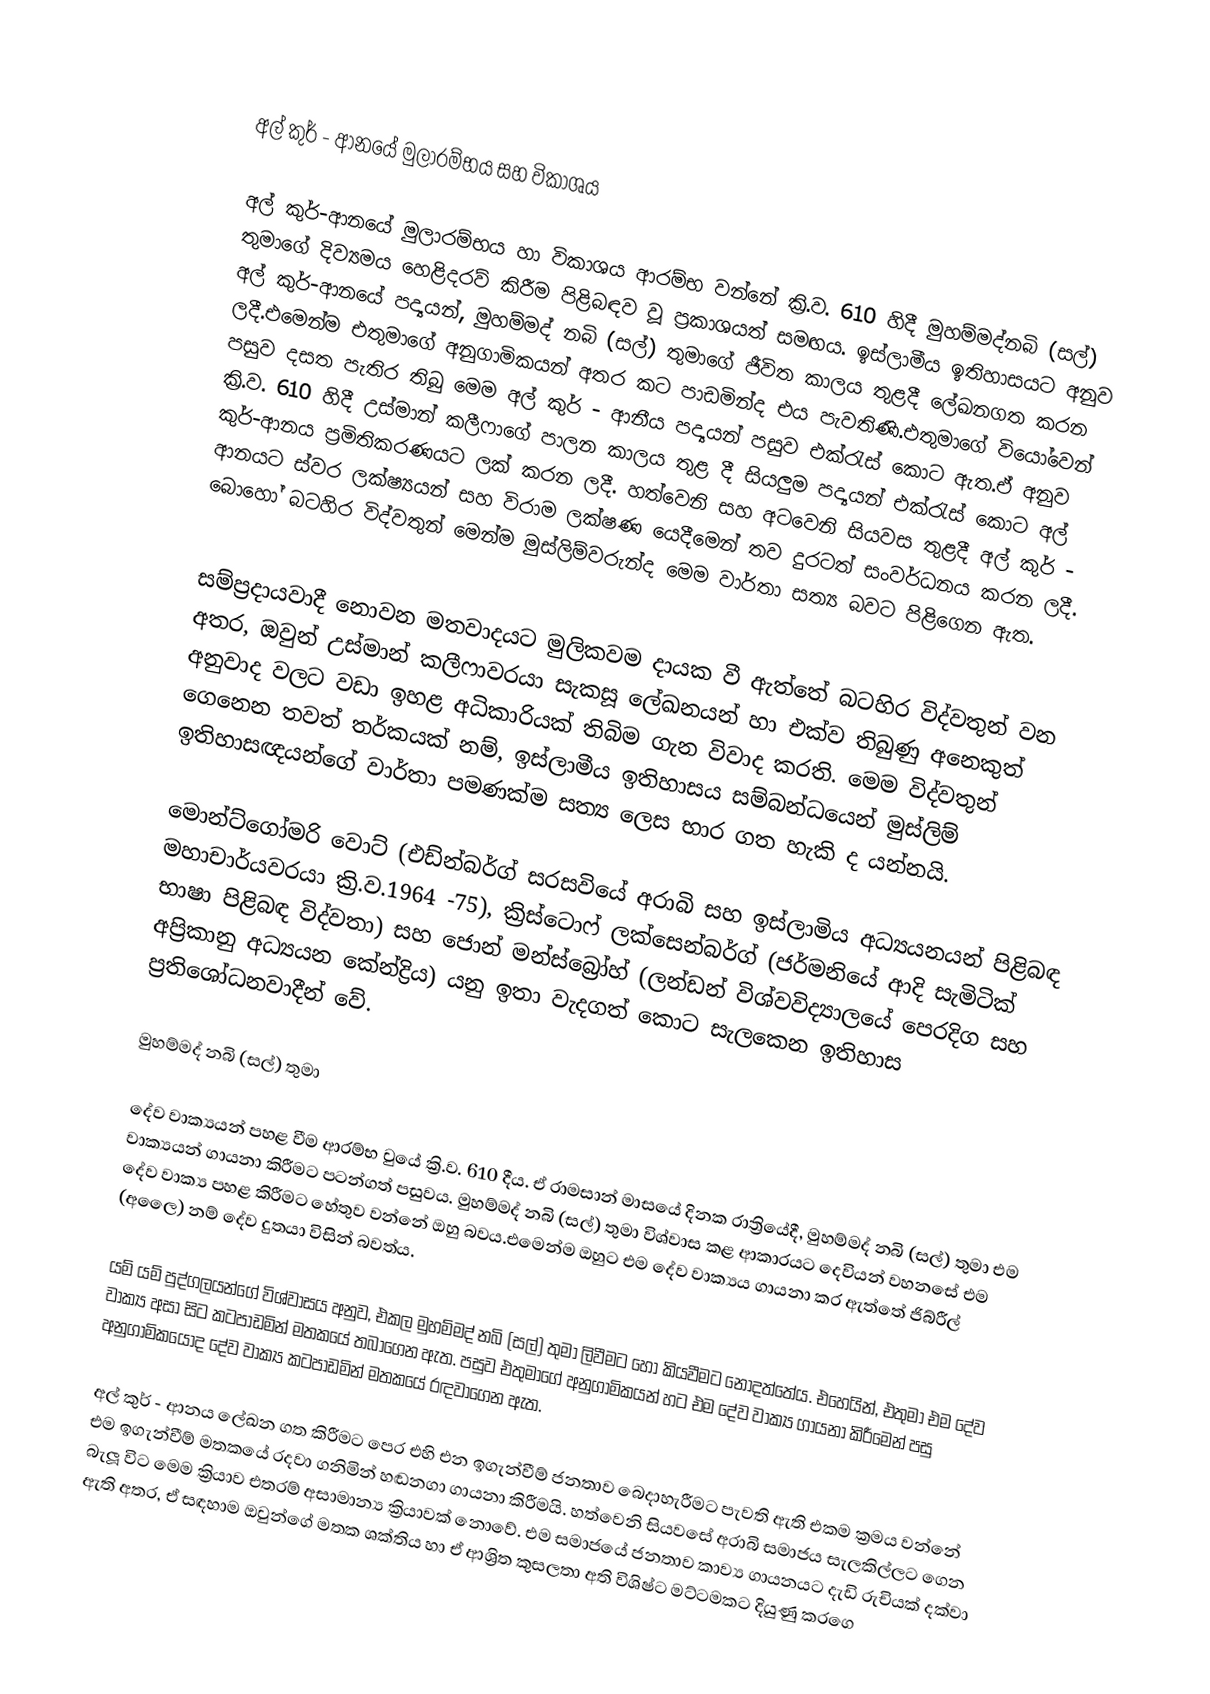

අල් කුර් - ආනයේ මුලාරම්භය සහ විකාශය

අල් කුර්-ආනයේ මුලාරම්භය හා විකාශය ආරම්භ වන්නේ ක්‍රි.ව. 610 හිදී මුහම්මද්නබි (සල්) තුමාගේ දිව්‍යමය හෙළිදරව් කිරීම පිළිබඳව වූ ප්‍රකාශයත් සමඟය. ඉස්ලාමීය ඉතිහාසයට අනුව අල් කුර්-ආනයේ පද්‍යයන්, මුහම්මද් නබි (සල්) තුමාගේ ජීවිත කාලය තුළදී ලේඛනගත කරන ලදී.එමෙන්ම එතුමාගේ අනුගාමිකයන් අතර කට පාඩමින්ද එය පැවතිණි.එතුමාගේ වියෝවෙන් පසුව දසත පැතිර තිබු මෙම අල් කුර් - ආනීය පද්‍යයන් පසුව එක්රැස් කොට ඇත.ඒ අනුව ක්‍රි.ව. 610  හිදී උස්මාන් කලීෆාගේ පාලන කාලය තුළ දී සියලුම පද්‍යයන් එක්රැස් කොට අල් කුර්-ආනය ප්‍රමිතිකරණයට ලක් කරන ලදී. හත්වෙනි සහ අටවෙනි සියවස තුළදී අල් කුර් - ආනයට ස්වර ලක්ෂ්‍යයන් සහ විරාම ලක්ෂණ යෙදීමෙන් තව දුරටත් සංවර්ධනය කරන ලදී. බොහෝ බටහිර විද්වතුන් මෙන්ම මුස්ලිම්වරුන්ද මෙම වාර්තා සත්‍ය බවට පිළිගෙන ඇත.

සම්ප්‍රදායවාදී නොවන මතවාදයට මුලිකවම දායක වී ඇත්තේ බටහිර විද්වතුන් වන අතර, ඔවුන් උස්මාන් කලීෆාවරයා සැකසූ ලේඛනයන් හා එක්ව තිබුණු අනෙකුත් අනුවාද වලට වඩා ඉහළ අධිකාරියක් තිබිම ගැන විවාද කරති. මෙම විද්වතුන් ගෙනෙන තවත් තර්කයක් නම්,  ඉස්ලාමීය ඉතිහාසය සම්බන්ධයෙන් මුස්ලිම් ඉතිහාසඥයන්ගේ වාර්තා පමණක්ම සත්‍ය ලෙස භාර ගත හැකි ද යන්නයි.

මොන්ට්ගෝමරි  වොට් (එඩ්න්බර්ග් සරසවියේ අරාබි සහ ඉස්ලාමිය අධ්‍යයනයන් පිළිබඳ මහාචාර්යවරයා ක්‍රි.ව.1964 -75), ක්‍රිස්ටොෆ් ලක්සෙන්බර්ග් (ජර්මනියේ ආදි සැමිටික් භාෂා පිළිබඳ විද්වතා) සහ ජොන් මන්ස්බ්‍රෝහ් (ලන්ඩන් විශ්වවිද්‍යාලයේ පෙරදිග සහ අප්‍රිකානු අධ්‍යයන කේන්ද්‍රිය) යනු ඉතා වැදගත් කොට සැලකෙන ඉතිහාස‍ ප්‍රතිශෝධනවාදීන් වේ.

මුහම්මද් නබි (සල්) තුමා

දේව වාක්‍යයන් පහළ වීම ආරම්භ වුයේ ක්‍රි.ව. 610  දීය. ඒ රාමසාන් මාසයේ දිනක රාත්‍රියේදී, මුහම්මද් නබි (සල්) තුමා එම වාක්‍යයන් ගායනා කිරීමට පටන්ගත් පසුවය. මුහම්මද් නබි (සල්) තුමා විශ්වාස කළ ආකාරයට දෙවියන් වහනසේ එම දේව වාක්‍ය පහළ කිරීමට හේතුව වන්නේ ඔහු බවය.එමෙන්ම ඔහුට එම දේව වාක්‍යය ගායනා කර ඇත්තේ ජිබ්රීල් (අලෛ) නම් දේව දුතයා විසින් බවත්ය.

යම් යම් පුද්ගලයන්ගේ විශ්වාසය අනුව, එකල මුහම්මද් නබි (සල්) තුමා ලිවීමට හෝ කියවීමට නොදත්තේය. එහෙයින්, එතුමා එම දේව වාක්‍ය අසා සිට කටපාඩමින් මතකයේ තබාගෙන ඇත. පසුව එතුමාගේ අනුගාමිකයන් හට එම දේව වාක්‍ය ගායනා කිරීමෙන් පසු අනුගාමිකයෝද දේව වාක්‍ය කටපාඩමින් මතකයේ රඳවාගෙන ඇත.

අල් කුර් - ආනය ලේඛන ගත කිරීමට පෙර එහි එන ඉගැන්වීම් ජනතාව බෙදාහැරීමට පැවති ඇති එකම ක්‍රමය වන්නේ එම ඉගැන්වීම් මතකයේ රදවා ගනිමින් හඬනගා ගායනා කිරීමයි. හත්වෙනි සියවසේ අරාබි සමාජය සැලකිල්ලට ගෙන බැලූ විට මෙම ක්‍රියාව එතරම් අසාමාන්‍ය ක්‍රියාවක් නොවේ. එම සමාජයේ ජනතාව කාව්‍ය ගායනයට දැඩි රුචියක් දක්වා ඇති අතර, ඒ සඳහාම ඔවුන්ගේ මතක ශක්තිය හා ඒ ආශ්‍රිත කුසලතා අති විශිෂ්ට මට්ටමකට දියුණු කරගෙ